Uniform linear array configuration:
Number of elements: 48
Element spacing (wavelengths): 1
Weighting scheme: hamming
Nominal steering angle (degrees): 30
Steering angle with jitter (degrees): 29.204
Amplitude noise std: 0.05
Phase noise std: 0.05

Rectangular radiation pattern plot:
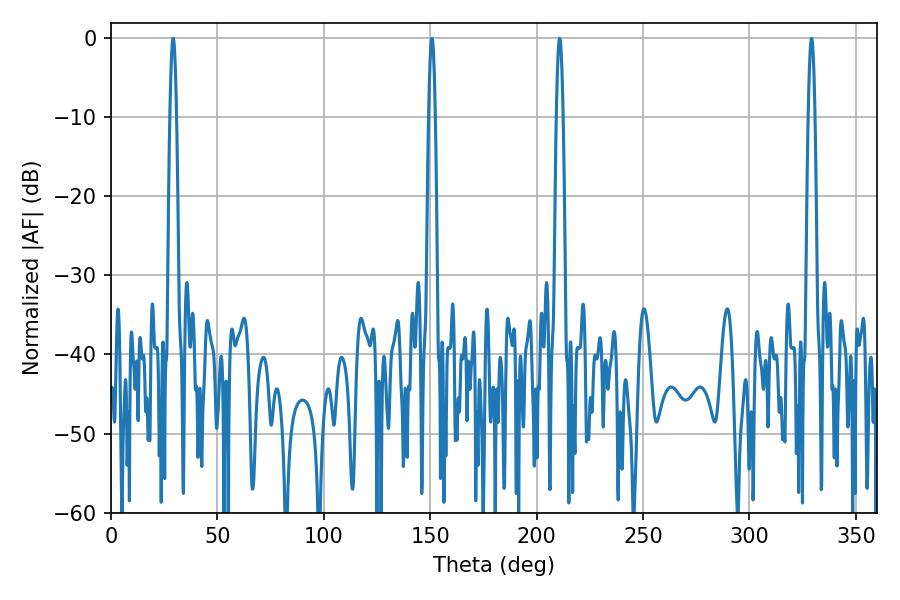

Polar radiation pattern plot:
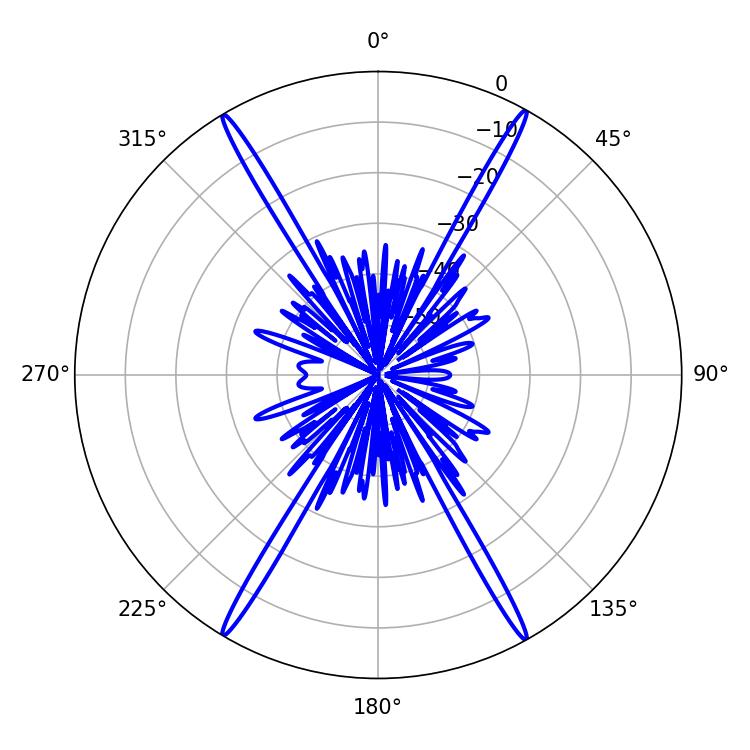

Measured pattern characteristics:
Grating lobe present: TRUE
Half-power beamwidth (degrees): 1.62
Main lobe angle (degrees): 210.78